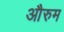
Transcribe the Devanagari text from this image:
औरुम